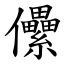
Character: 儽